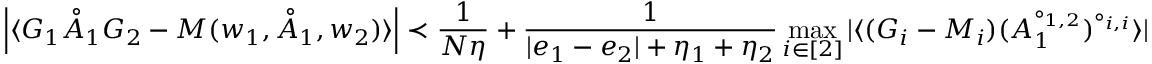
\left\vert \langle G _ { 1 } \mathring { A } _ { 1 } G _ { 2 } - M ( w _ { 1 } , \mathring { A } _ { 1 } , w _ { 2 } ) \rangle \right\vert \prec \frac { 1 } { N \eta } + \frac { 1 } { | e _ { 1 } - e _ { 2 } | + \eta _ { 1 } + \eta _ { 2 } } \operatorname* { m a x } _ { i \in [ 2 ] } \vert \langle ( G _ { i } - M _ { i } ) ( A _ { 1 } ^ { \circ _ { 1 , 2 } } ) ^ { \circ _ { i , i } } \rangle \vert